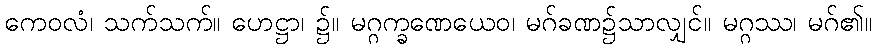
ကေဝလံ၊ သက်သက်။ ဟေဋ္ဌာ၊ ၌။ မဂ္ဂက္ခဏေယေဝ၊ မဂ်ခဏ၌သာလျှင်။ မဂ္ဂဿ၊ မဂ်၏။